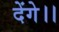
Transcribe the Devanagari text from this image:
देंगे।।